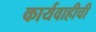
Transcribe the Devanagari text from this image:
कार्यवाहीची